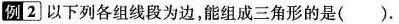
例2 以下列各组线段为边,能组成三角形的是().